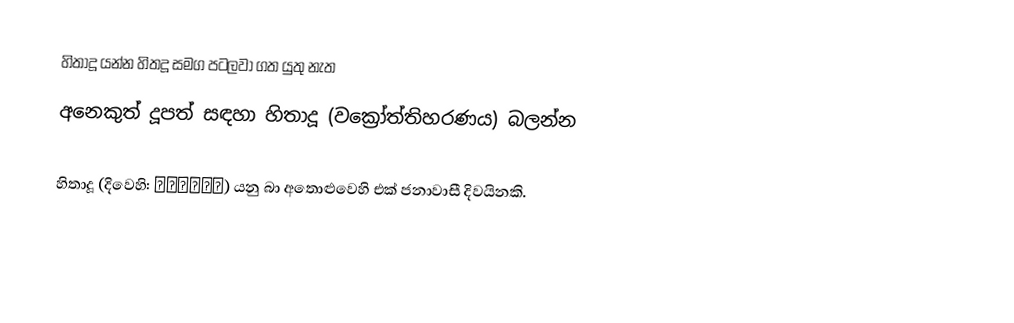
හිතාදූ යන්න හිතදූ සමග පටලවා ගත යුතු නැත
අනෙකුත් දූපත් සඳහා හිතාදූ (වක්‍රෝත්තිහරණය) බලන්න

හිතාදූ  (දිවෙහි: ހިތާދޫ) යනු   බා අතොළුවෙහි එක් ජනාවාසී දිවයිනකි.